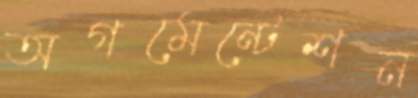
অগমেন্টেশন